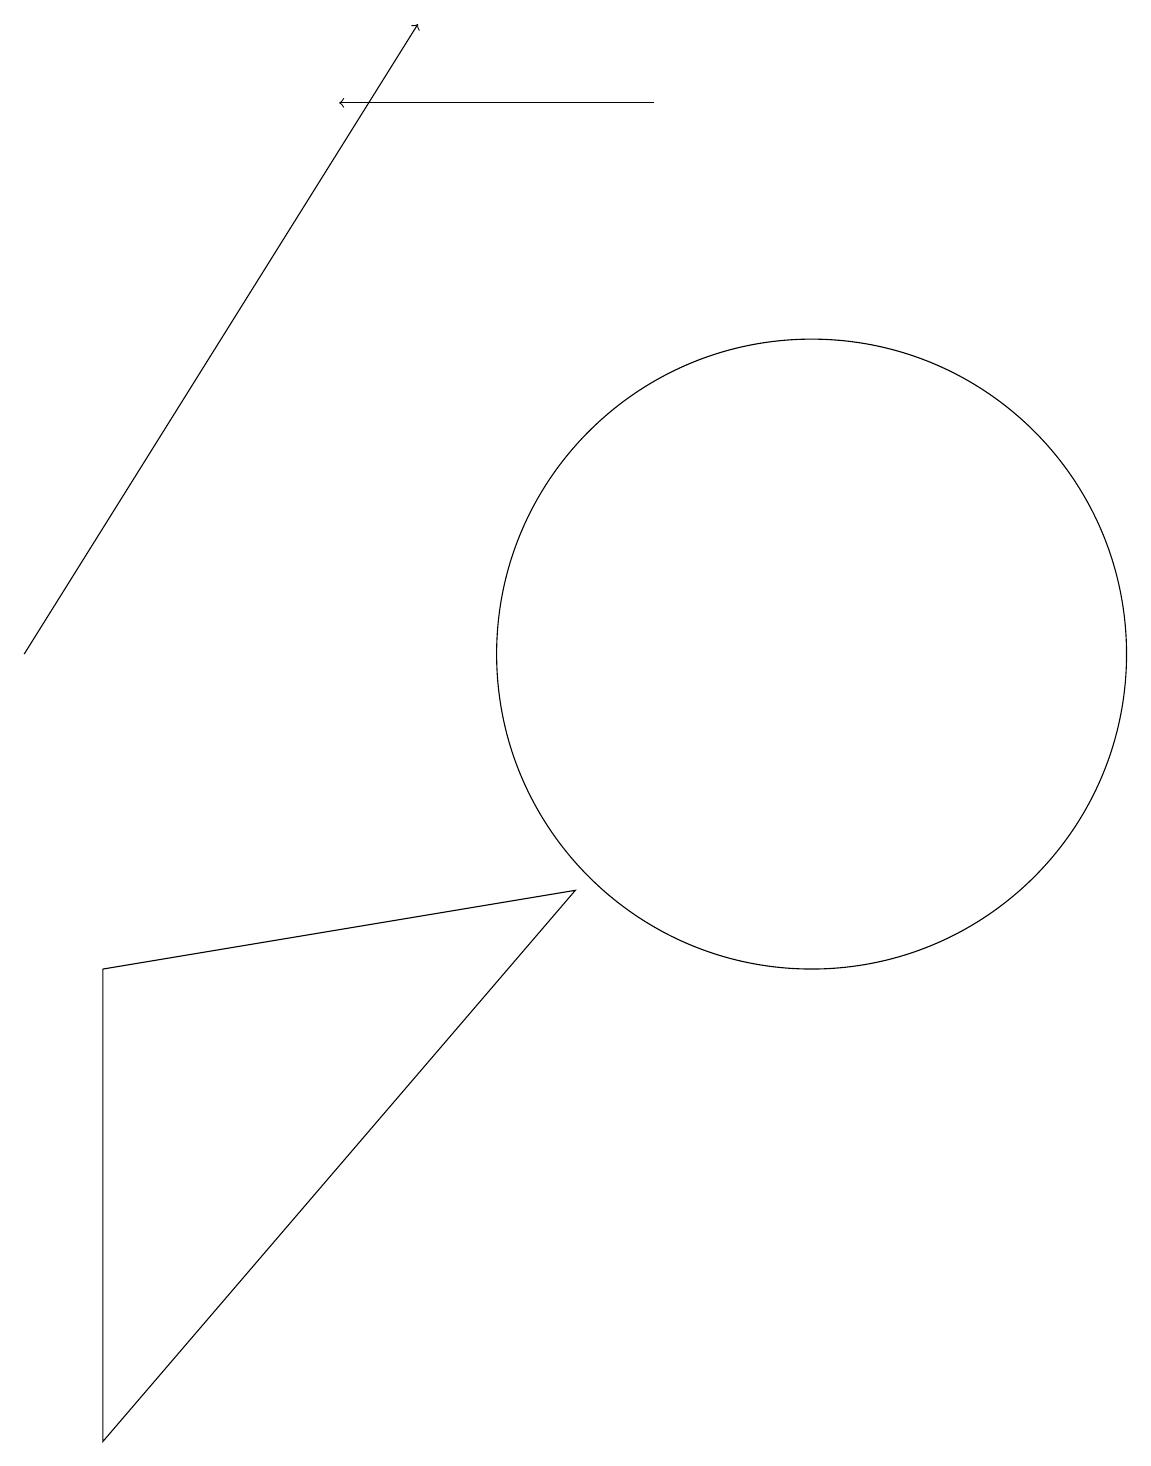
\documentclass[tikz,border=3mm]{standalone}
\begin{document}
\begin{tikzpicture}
\draw[->] (8,18) -- (4,18);
\draw[->] (0,11) -- (5,19);
\draw (1,1) -- (7,8) -- (1,7) -- cycle;
\draw (10,11) circle (4);
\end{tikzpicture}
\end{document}